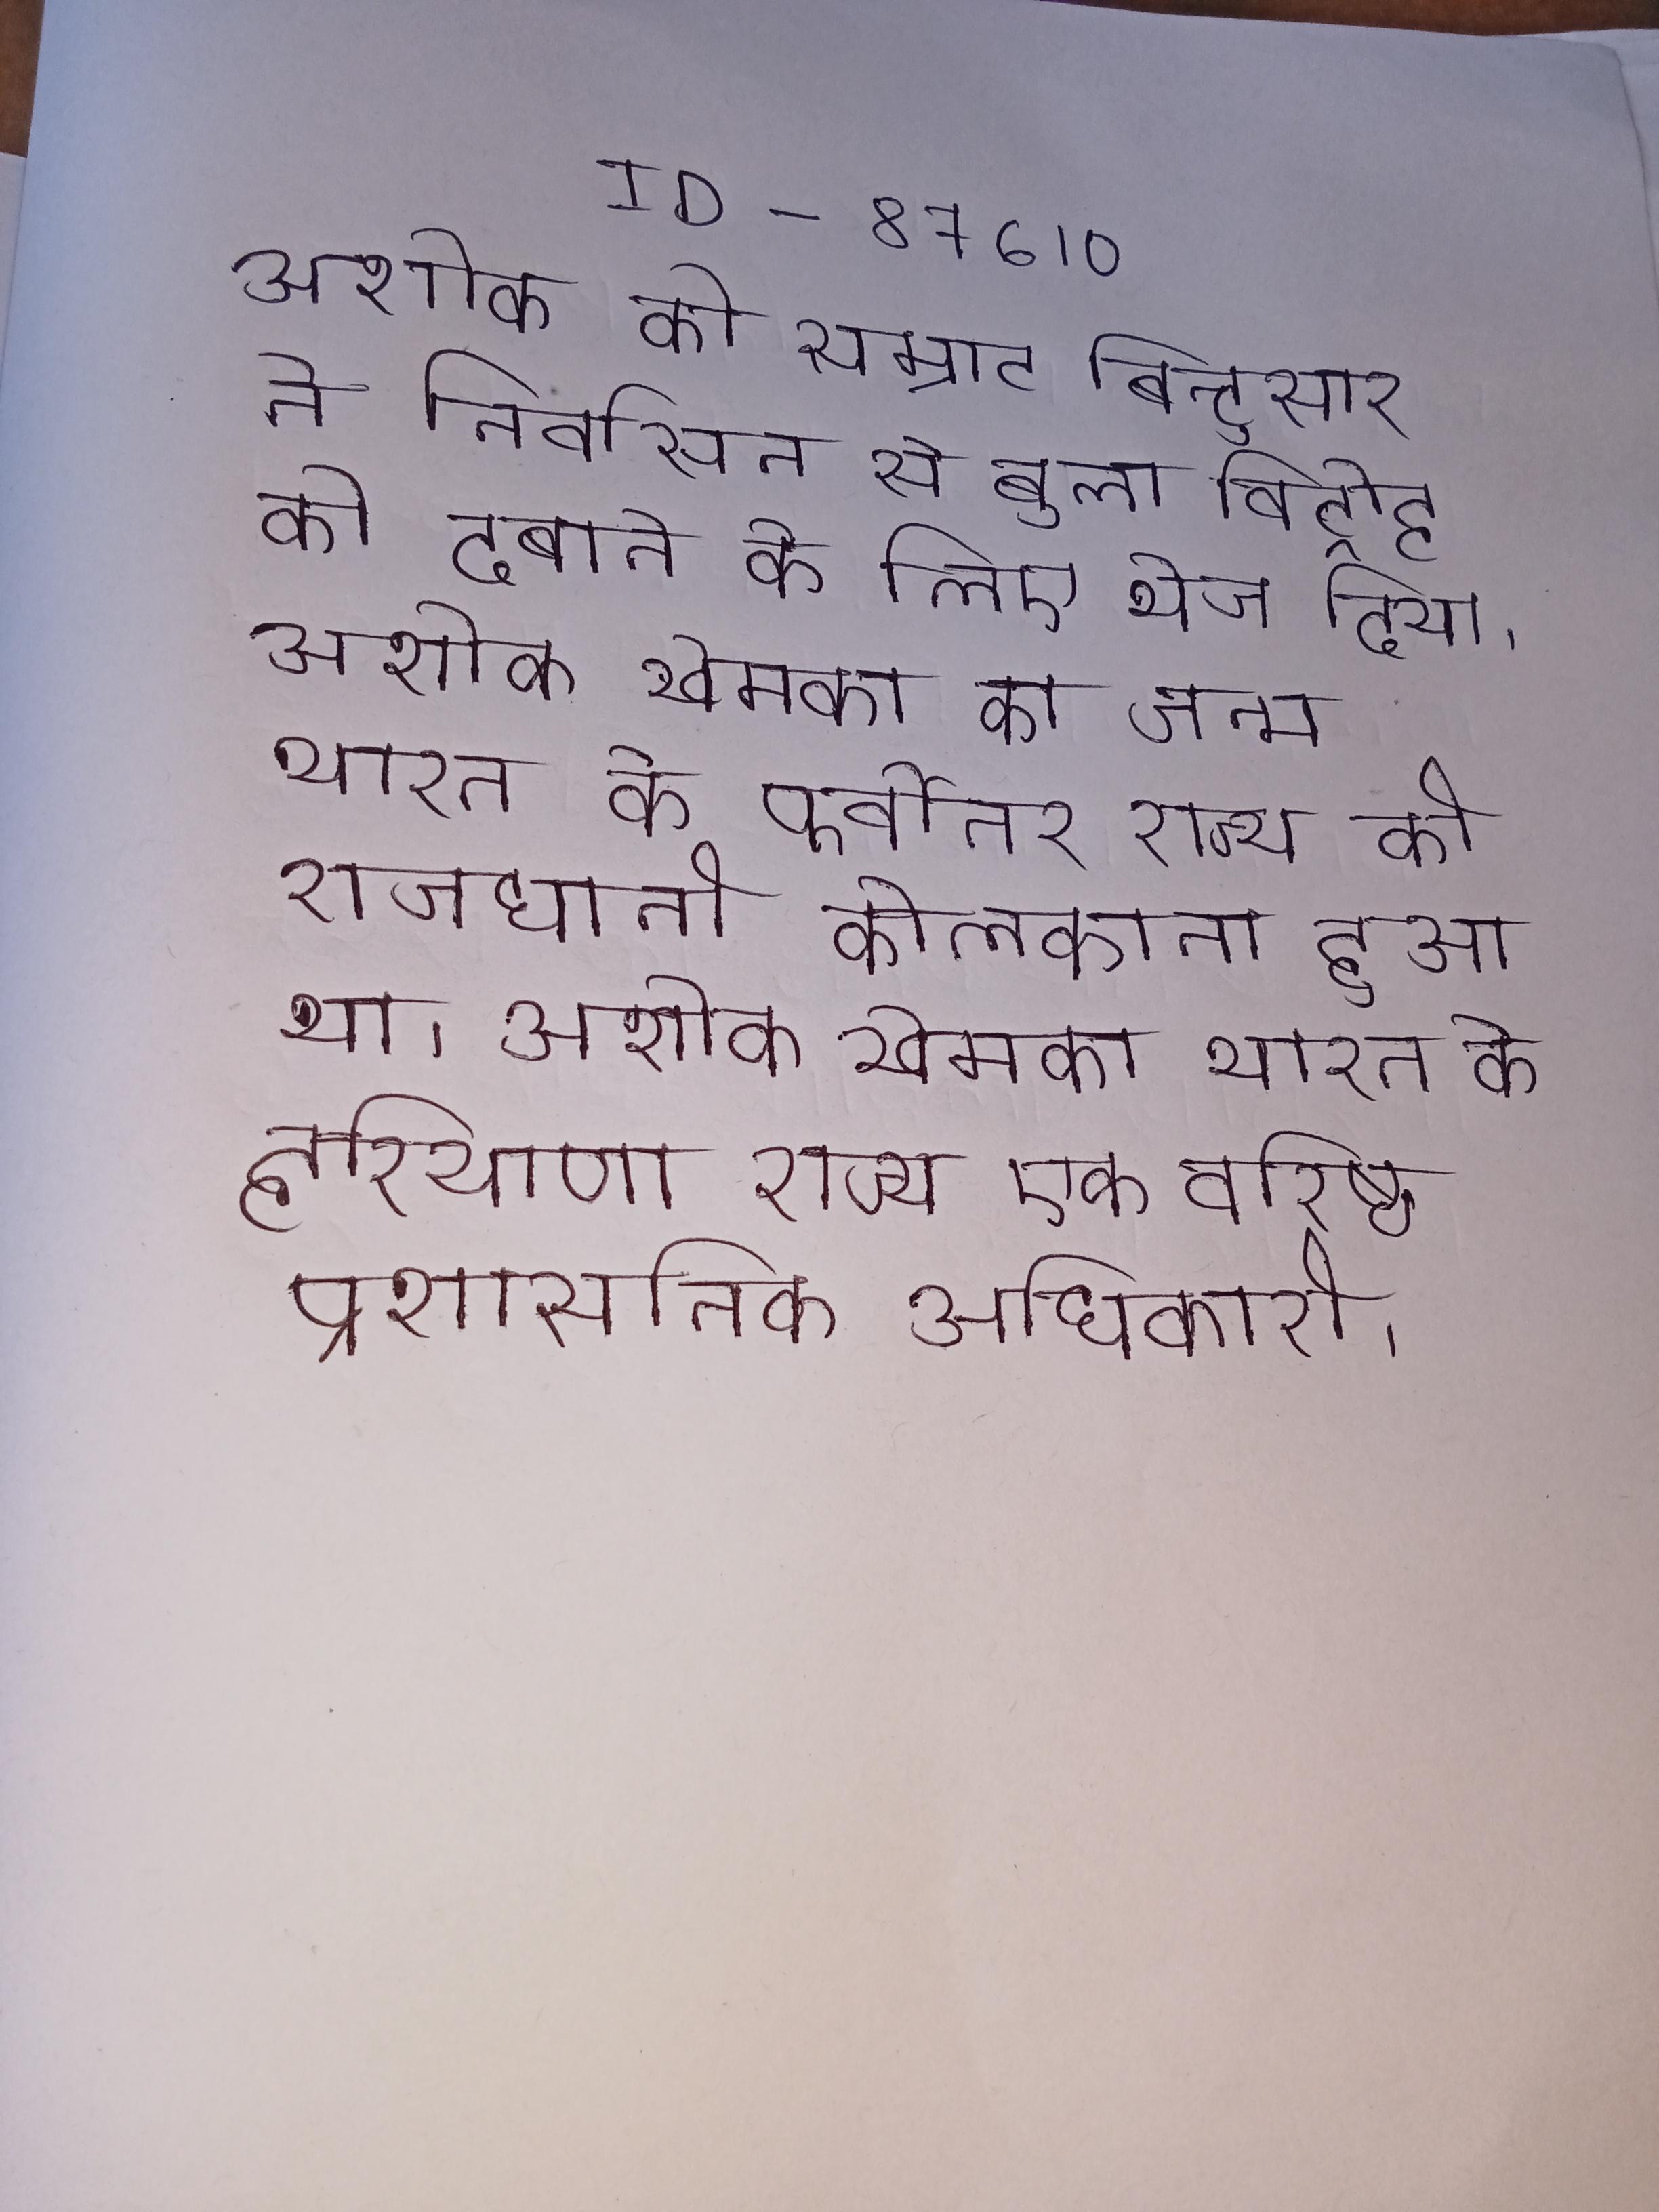
अशोक को सम्राट बिन्दुसार ने निर्वासन से बुला विद्रोह को दबाने के लिए भेज दिया । अशोक खेमका का जन्म भारत के पूर्वोत्तर राज्य की राजधानी कोलकाता हुआ था । अशोक खेमका भारत के हरियाणा राज्य एक वरिष्ठ प्रशासनिक अधिकारी ।